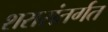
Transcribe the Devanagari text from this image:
शरारांतर्गत